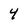
Character: 4